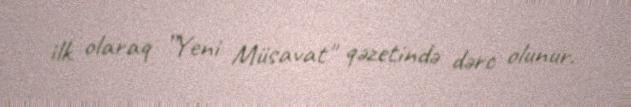
ilk olaraq ”Yeni Müsavat" qəzetində dərc olunur.